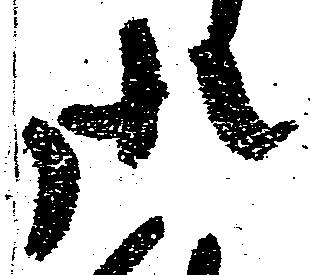
御